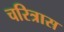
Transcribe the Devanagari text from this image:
चरित्रास